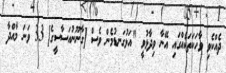
ދެއްކެވި ވާހަކަތަކެއްގައި އޭނާ ވިދާޅުވީ "އަޅުގަނޑުމެން ވެސް [ގާނޫނުއަސާސީގެ] 33 ވަނަ މާއްދާ